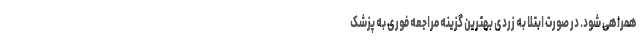
همراهی شود. در صورت ابتلا به زردی بهترین گزینه مراجعه فوری به پزشک